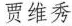
贾维秀